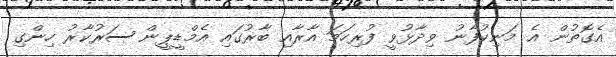
އެގޮތުން އެ މަނިކުފާނު ވިދާޅުވީ ފުރިހަމަ އާރާއި ބާރުގައި އެމްޑީޕީން ސަރުކާރު ހިންގި